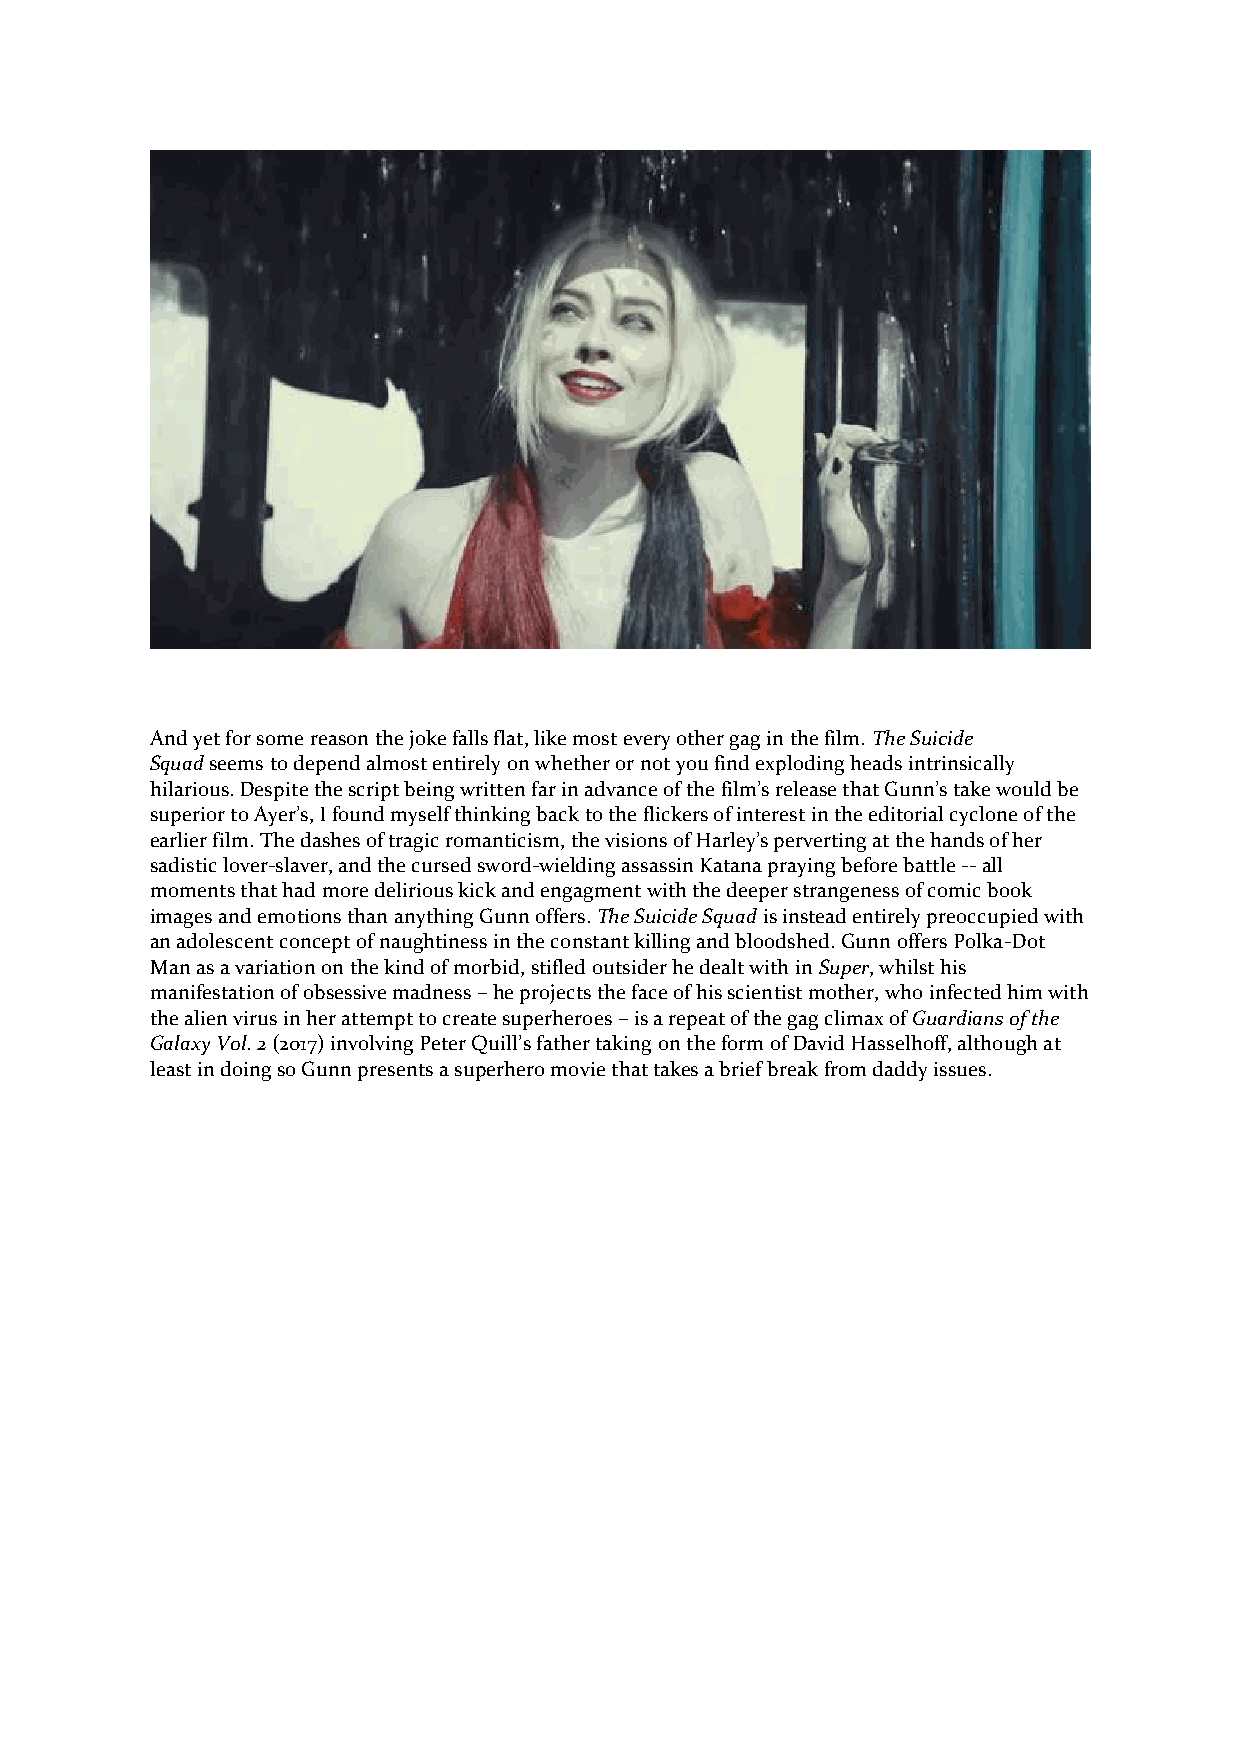
And yet for some reason the joke falls flat, like most every other gag in the film. The Suicide
 Squad seems to depend almost entirely on whether or not you find exploding heads intrinsically
 hilarious. Despite the script being written far in advance of the film’s release that Gunn’s take would be
 superior to Ayer’s, I found myself thinking back to the flickers of interest in the editorial cyclone of the
 earlier film. The dashes of tragic romanticism, the visions of Harley’s perverting at the hands of her
 sadistic lover-slaver, and the cursed sword-wielding assassin Katana praying before battle -- all
 moments that had more delirious kick and engagment with the deeper strangeness of comic book
 images and emotions than anything Gunn offers. The Suicide Squad is instead entirely preoccupied with
 an adolescent concept of naughtiness in the constant killing and bloodshed. Gunn offers Polka-Dot
 Man as a variation on the kind of morbid, stifled outsider he dealt with in Super, whilst his
 manifestation of obsessive madness – he projects the face of his scientist mother, who infected him with
 the alien virus in her attempt to create superheroes – is a repeat of the gag climax of Guardians of the
 Galaxy Vol. 2 (2017) involving Peter Quill’s father taking on the form of David Hasselhoff, although at
 least in doing so Gunn presents a superhero movie that takes a brief break from daddy issues.